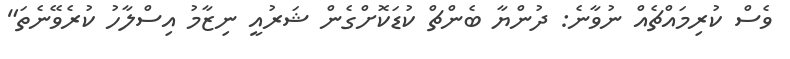
ވެސް ކުރިމައްޗެއް ނުވާނެ: ދުންޔާ ބެންޗް ކުޑަކޮށްގެން ޝަރުއީ ނިޒާމު އިސްލާހު ކުރެވޭނެތަ"